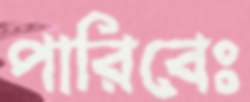
পারিবেঃ